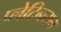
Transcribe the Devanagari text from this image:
प्लेटिनयम